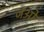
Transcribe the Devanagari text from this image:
जओ